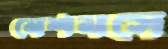
নেশনসে